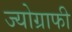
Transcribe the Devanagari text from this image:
ज्योग्राफी